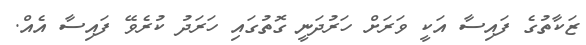
ޒަކާތުގެ ފައިސާ އަކީ ވަރަށް ހަރުދަނީ ގޮތުގައި ހަރަދު ކުރެވޭ ފައިސާ އެއް.